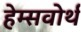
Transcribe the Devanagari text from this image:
हेम्सवोर्थ